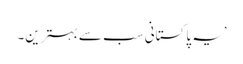
’یہ پاکستانی سب سے بہترین۔